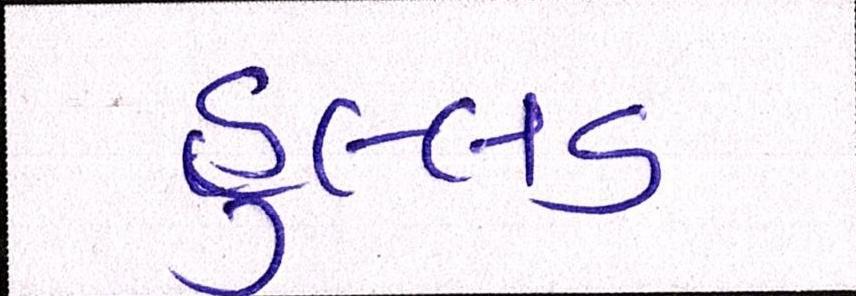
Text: હુલ્લડ